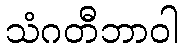
သံဂတီဘာဝါ